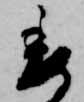
委